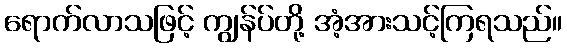
ရောက်လာသဖြင့် ကျွန်ပ်တို့ အံ့အားသင့်ကြရသည်။